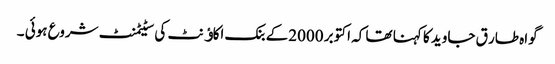
گواہ طار ق جاوید کا کہنا تھا کہ اکتوبر 2000کے بنک اکاﺅنٹ کی سٹیٹمنٹ شروع ہوئی ۔